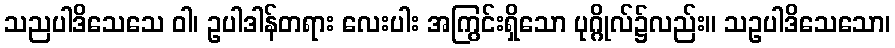
သညပါဒိသေသေ ဝါ၊ ဥပါဒါန်တရား လေးပါး အကြွင်းရှိသော ပုဂ္ဂိုလ်၌လည်း။ သဥပါဒိသေသော၊